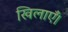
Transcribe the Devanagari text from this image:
खिलाएँ।